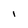
Character: I